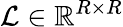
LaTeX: \mathcal{L}\in\mathbb{R}^{R\times R}